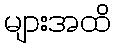
များအထိ